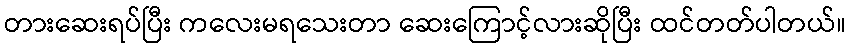
တားဆေးရပ်ပြီး ကလေးမရသေးတာ ဆေးကြောင့်လားဆိုပြီး ထင်တတ်ပါတယ်။